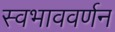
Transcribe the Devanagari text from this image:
स्वभाववर्णन